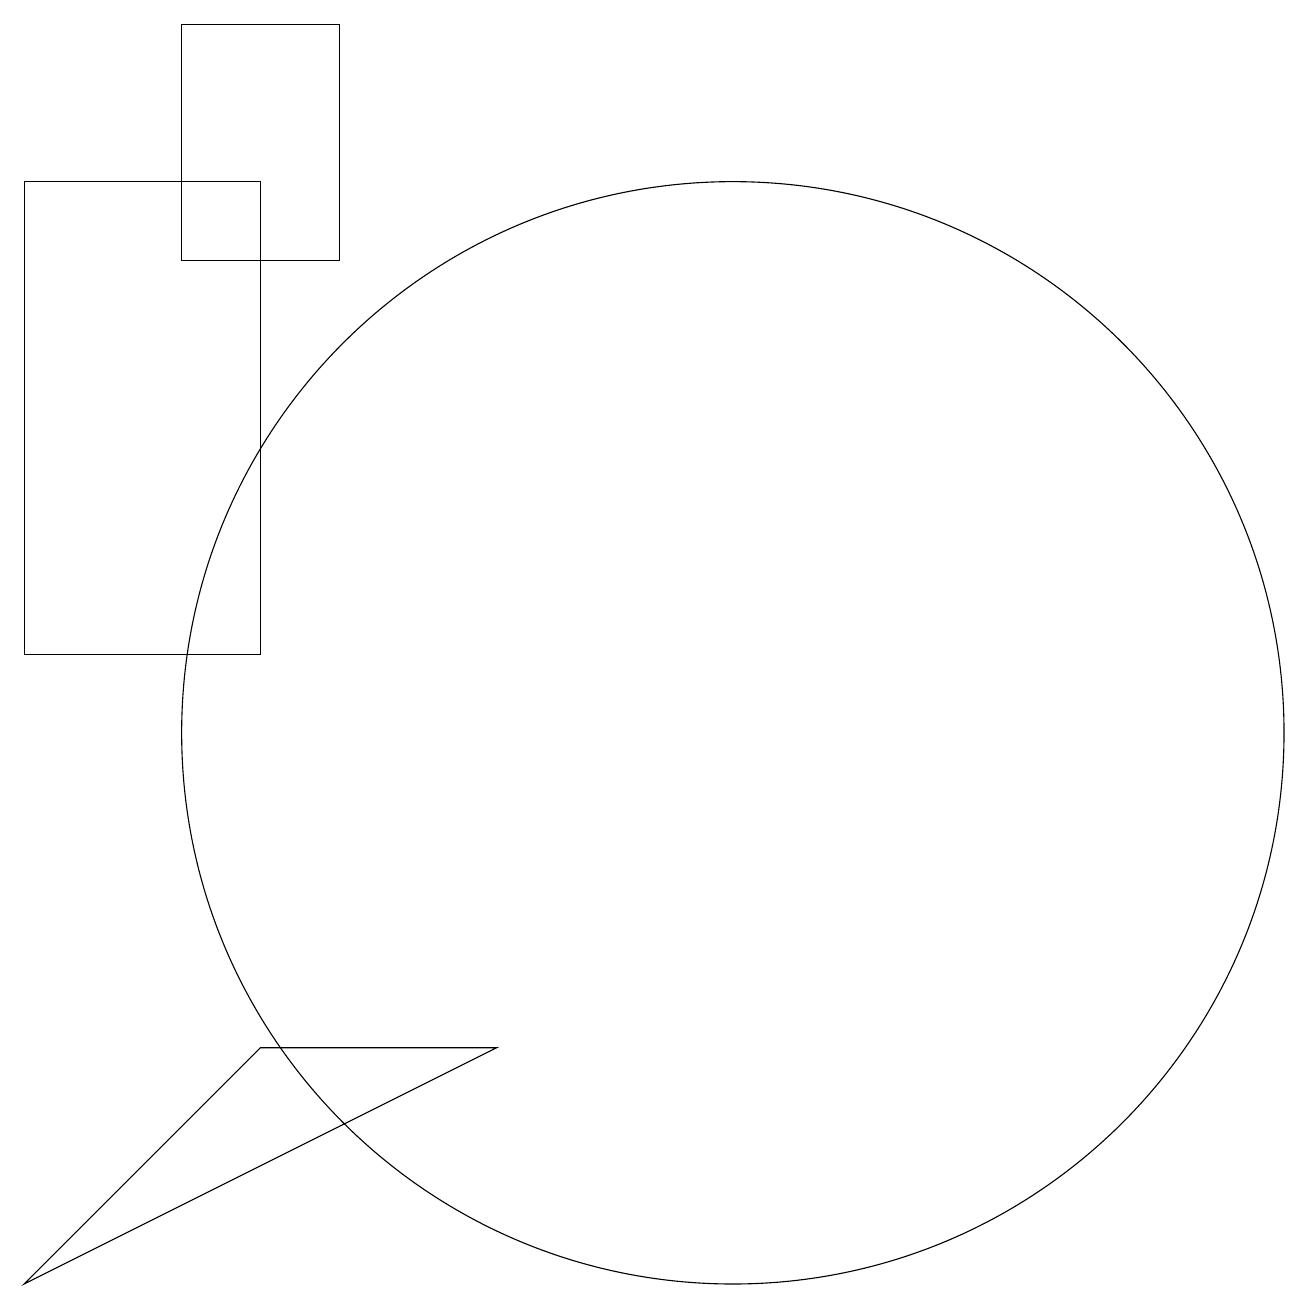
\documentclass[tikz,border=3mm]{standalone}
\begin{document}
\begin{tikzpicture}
\draw (4,19) rectangle (6,16);
\draw (2,17) rectangle (5,11);
\draw (8,6) -- (5,6) -- (2,3) -- cycle;
\draw (11,10) circle (7);
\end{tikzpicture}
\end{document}